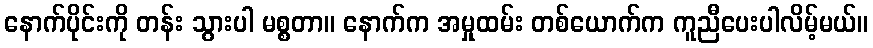
နောက်ပိုင်းကို တန်း သွားပါ မစ္စတာ။ နောက်က အမှုထမ်း တစ်ယောက်က ကူညီပေးပါလိမ့်မယ်။